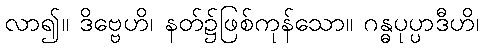
လာ၍။ ဒိဗ္ဗေဟိ၊ နတ်၌ဖြစ်ကုန်သော။ ဂန္ဓပုပ္ပာဒီဟိ၊